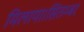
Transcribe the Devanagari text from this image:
मिलाया।सितम्बर